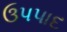
ઉપપાદ